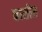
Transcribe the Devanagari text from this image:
कासील